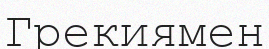
Грекиямен